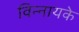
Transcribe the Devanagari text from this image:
विन्नायके